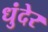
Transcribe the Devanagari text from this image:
धुंदेर